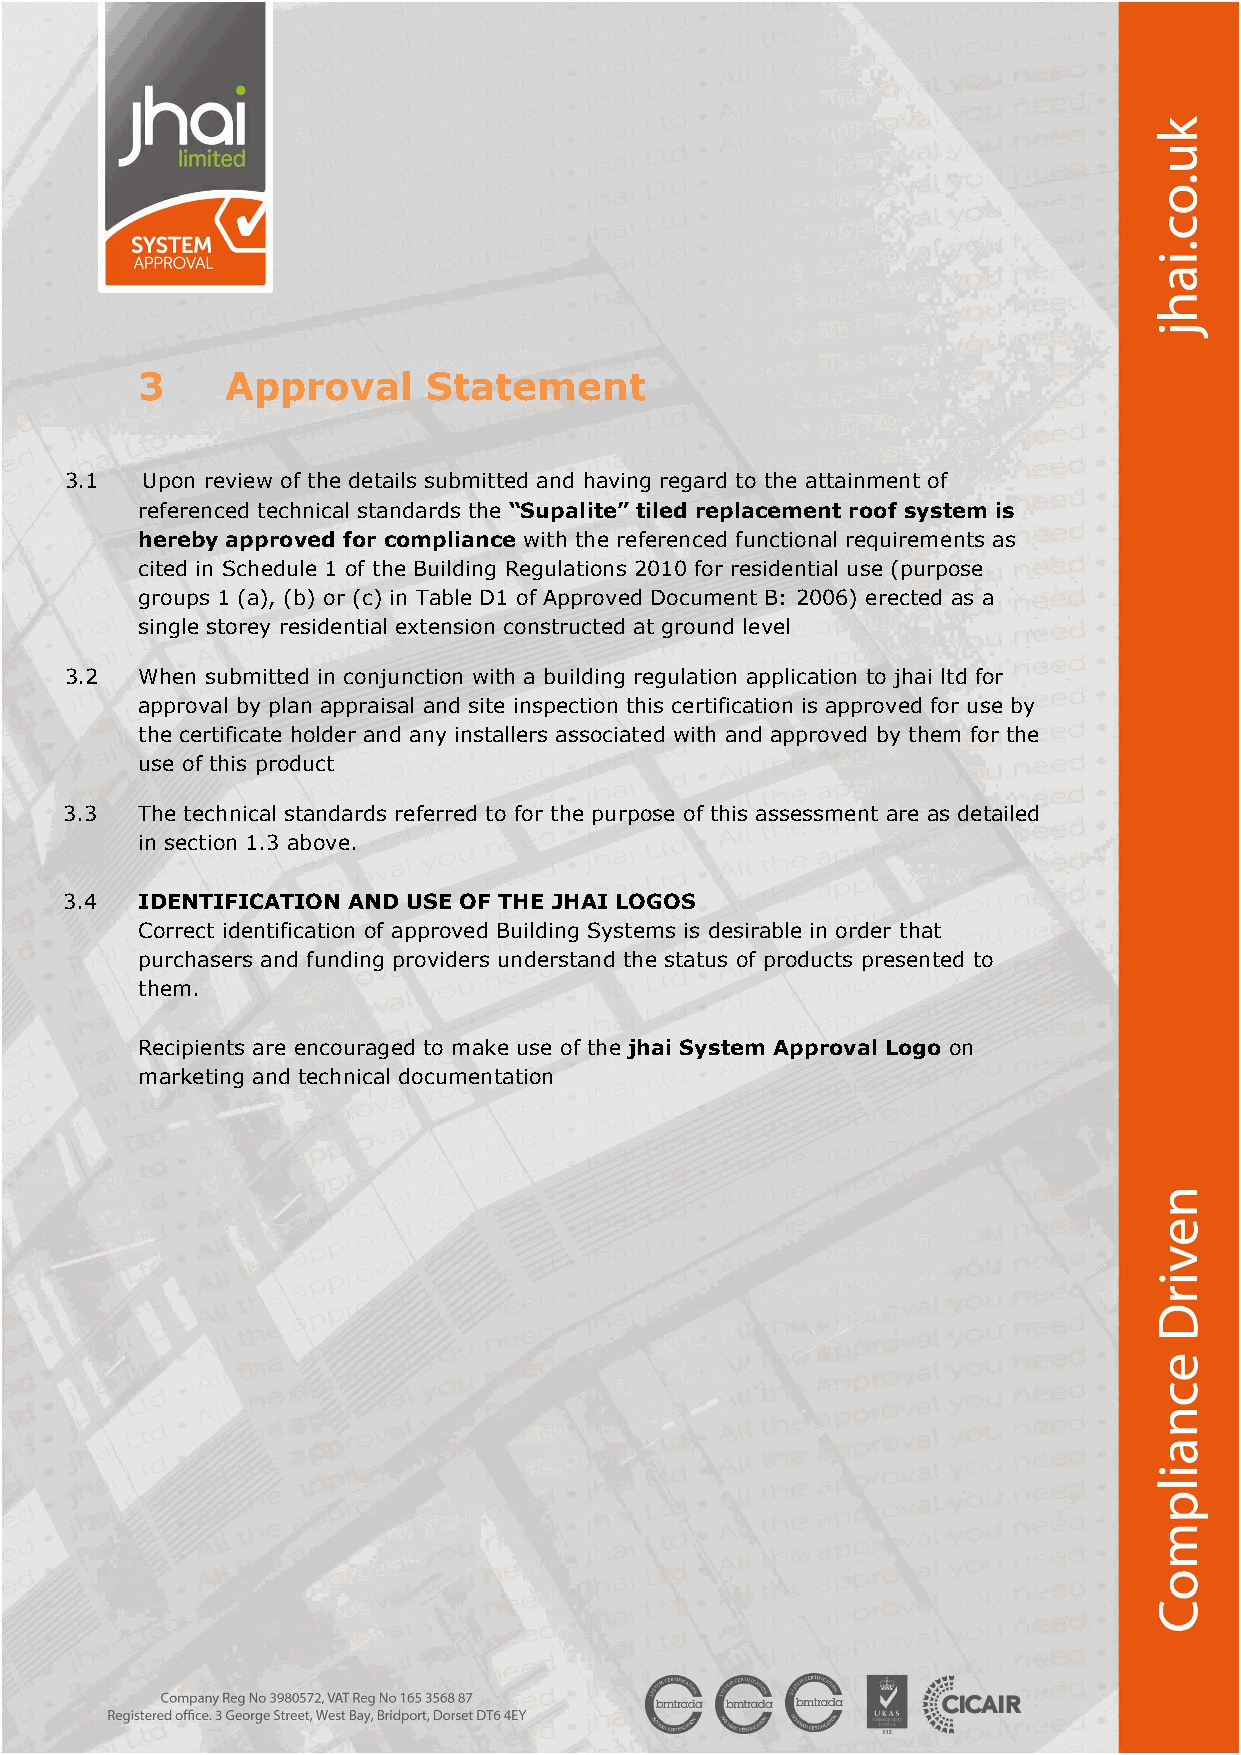
3     Approval     Statement
 3.1  Upon review of the details submitted and having regard to the attainment of
 referenced technical standards the “Supalite” tiled replacement roof system is
 hereby approved for compliance with the referenced functional requirements as
 cited in Schedule 1 of the Building Regulations 2010 for residential use (purpose
 groups 1 (a), (b) or (c) in Table D1 of Approved Document B: 2006) erected as a
 single storey residential extension constructed at ground level
 3.2  When submitted in conjunction with a building regulation application to jhai ltd for
 approval by plan appraisal and site inspection this certification is approved for use by
 the certificate holder and any installers associated with and approved by them for the
 use of this product
 3.3  The technical standards referred to for the purpose of this assessment are as detailed
 in section 1.3 above.
 3.4  IDENTIFICATION AND USE OF THE JHAI LOGOS
 Correct identification of approved Building Systems is desirable in order that
 purchasers and funding providers understand the status of products presented to
 them.
 Recipients are encouraged to make use of the jhai System Approval Logo on
 marketing and technical documentation